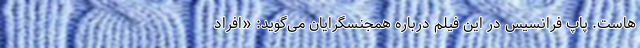
‌هاست. پاپ فرانسیس در این فیلم درباره همجنسگرایان می‌گوید: «افراد